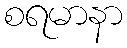
စရမာနာ